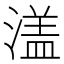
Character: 𱨚